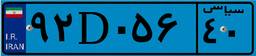
۹۲D۰۵۶۴۰